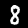
Digit: 8